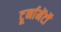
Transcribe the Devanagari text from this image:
टूर्नामेंर्टों